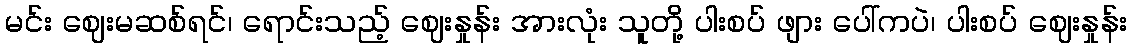
မင်း ဈေးမဆစ်ရင်၊ ရောင်းသည့် ဈေးနှုန်း အားလုံး သူတို့ ပါးစပ် ဖျား ပေါ်ကပဲ၊ ပါးစပ် ဈေးနှုန်း